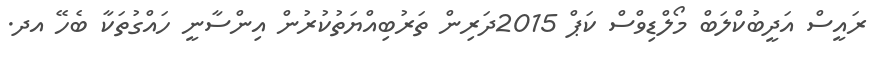
ރައީސް އަދީބުކްލަބް މޯލްޑިވްސް ކަޕް 2015ދަރިން ތަރުބިއްޔަތުކުރުން އިންސާނީ ހައްގުތަކާ ބެހޭ އދ.